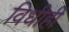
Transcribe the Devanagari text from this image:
विधीही